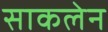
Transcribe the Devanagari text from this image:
साकलेन